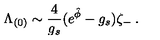
\Lambda _ { ( 0 ) } \sim { \frac { 4 } { g _ { s } } } ( e ^ { \hat { \phi } } - g _ { s } ) \zeta _ { - } \: .